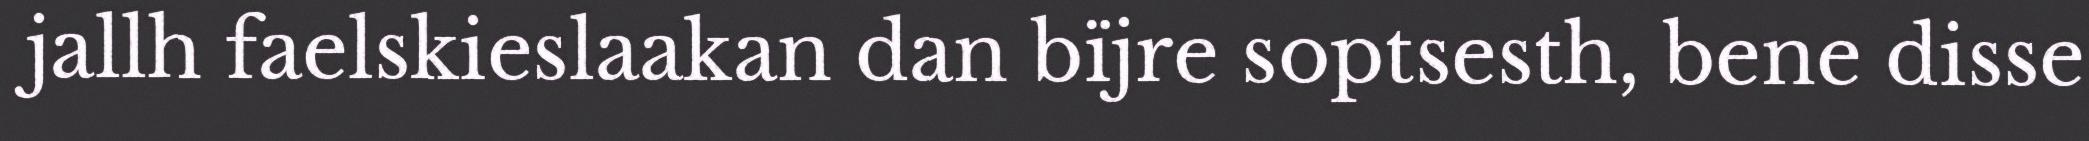
jallh faelskieslaakan dan bïjre soptsesth, bene disse